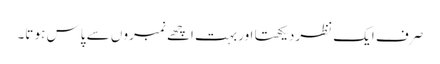
صر ف ایک نظردیکھتا اور بہت اچھے نمبرو ں سے پاس ہو تا۔